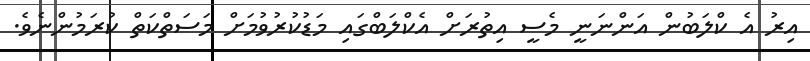
އިރު އެ ކްލަބުން އަންނަނީ މެސީ އިތުރަށް އެކްލަބްގައި މަޑުކުރުވުމަށް މަސަތްކަތް ކުރަމުންނެވެ.